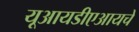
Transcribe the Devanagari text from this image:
यूआयडीएआयचे